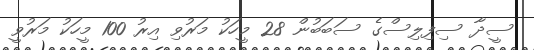
ސީދާ ސިފިލިސްގެ ސަބަބުން 28 މީހަކު މަރުވި އިރު 100 މީހަކު މަރުވީ